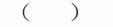
( )